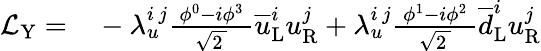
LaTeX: \begin{array}{rl}{{\mathcal{L}}_{\mathrm{Y}}=}&{{}-\lambda_{u}^{i\, j}{\frac{\ \phi^{0}-i\phi^{3}\ }{\sqrt{2\ }}}{\overline{{u}}}_{\mathrm{L}}^{i}u_{\mathrm{R}}^{j}+\lambda_{u}^{i\, j}{\frac{\ \phi^{1}-i\phi^{2}\ }{\sqrt{2\ }}}{\overline{{d}}}_{\mathrm{L}}^{i}u_{\mathrm{R}}^{j}}\end{array}